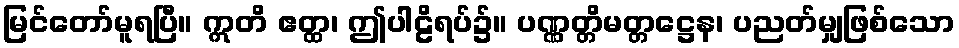
မြင်တော်မူရပြီ။ ဣတိ ဧတ္ထ၊ ဤပါဠိရပ်၌။ ပဏ္ဏတ္တိမတ္တဋ္ဌေန၊ ပညတ်မျှဖြစ်သော